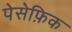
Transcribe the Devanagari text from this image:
पेसेफ़िक